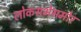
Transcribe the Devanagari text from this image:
लोकसभेसमोर